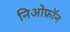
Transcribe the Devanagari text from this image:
निओफ्रॉन